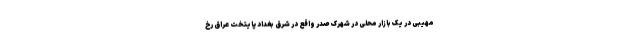
مهیبی در یک بازار محلی در شهرک صدر واقع در شرق بغداد پایتخت عراق رخ